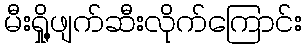
မီးရှို့ဖျက်ဆီးလိုက်ကြောင်း